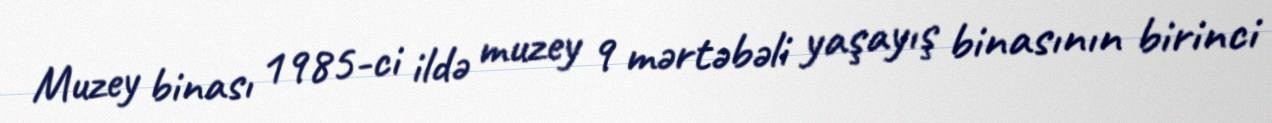
Muzey binası 1985-ci ildə muzey 9 mərtəbəli yaşayış binasının birinci